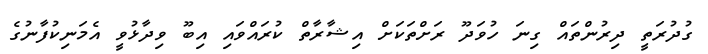
ގުދުރަތީ ދިރުންތައް ގިނަ ހުވަދޫ ރަށްތަކަށް އިޝާރާތް ކުރައްވައި އިބޫ ވިދާޅުވީ އެމަނިކުފާނުގެ